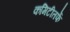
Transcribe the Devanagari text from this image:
कमिटीतर्फे